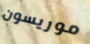
موريسون